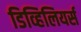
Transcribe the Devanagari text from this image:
डिव्हिलियर्स